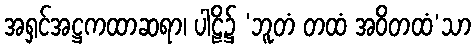
အရှင်အဋ္ဌကထာဆရာ၊ ပါဠိ၌ ‘ဘူတံ တထံ အဝိတထံ’သာ